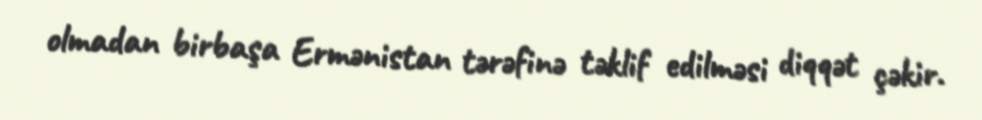
olmadan birbaşa Ermənistan tərəfinə təklif edilməsi diqqət çəkir.